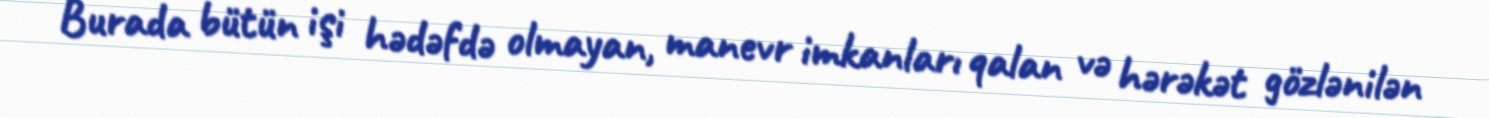
Burada bütün işi hədəfdə olmayan, manevr imkanları qalan və hərəkət gözlənilən